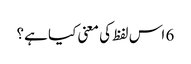
6 اس لفظ کی معنی کیا ہے؟